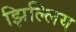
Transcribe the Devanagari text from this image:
झिल्लिय